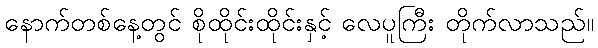
နောက်တစ်နေ့တွင် စိုထိုင်းထိုင်းနှင့် လေပူကြီး တိုက်လာသည်။